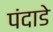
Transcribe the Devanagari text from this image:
पंदाडे